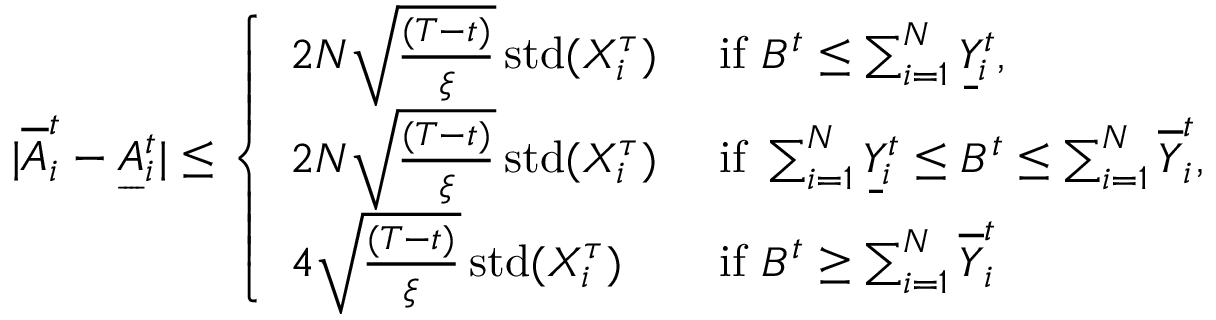
\begin{array} { r } { | \overline { { A } } _ { i } ^ { t } - \underbar { A } _ { i } ^ { t } | \leq \left\{ \begin{array} { l l } { 2 N \sqrt { \frac { ( T - t ) } { { \xi } } } \operatorname { s t d } ( X _ { i } ^ { \tau } ) } & { \mathrm { ~ i f ~ } B ^ { t } \leq \sum _ { i = 1 } ^ { N } \underbar { Y } _ { i } ^ { t } , } \\ { 2 N \sqrt { \frac { ( T - t ) } { { \xi } } } \operatorname { s t d } ( X _ { i } ^ { \tau } ) } & { \mathrm { ~ i f ~ } \sum _ { i = 1 } ^ { N } \underbar { Y } _ { i } ^ { t } \leq B ^ { t } \leq \sum _ { i = 1 } ^ { N } \overline { { Y } } _ { i } ^ { t } , } \\ { 4 \sqrt { \frac { ( T - t ) } { { \xi } } } \operatorname { s t d } ( X _ { i } ^ { \tau } ) } & { \mathrm { ~ i f ~ } B ^ { t } \geq \sum _ { i = 1 } ^ { N } \overline { { Y } } _ { i } ^ { t } } \end{array} \right. } \end{array}